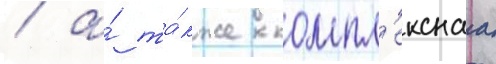
/ а́ та́кже компл'екснаа